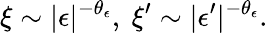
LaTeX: \xi\sim|\epsilon|^{-\theta_{\epsilon}},\ \xi^{\prime}\sim|\epsilon^{\prime}|^{-\theta_{\epsilon}}.